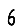
Digit: 6